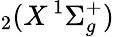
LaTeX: _2(X\, ^{1}\Sigma_{g}^{+})